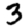
Digit: 3